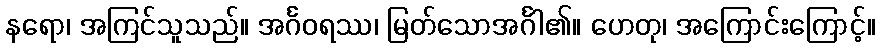
နရော၊ အကြင်သူသည်။ အင်္ဂဝရဿ၊ မြတ်သောအင်္ဂါ၏။ ဟေတု၊ အကြောင်းကြောင့်။